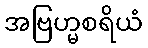
အဗြဟ္မစရိယံ